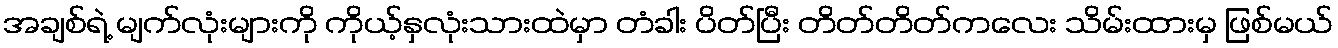
အချစ်ရဲ့ မျက်လုံးများကို ကိုယ့်နှလုံးသားထဲမှာ တံခါး ပိတ်ပြီး တိတ်တိတ်ကလေး သိမ်းထားမှ ဖြစ်မယ်